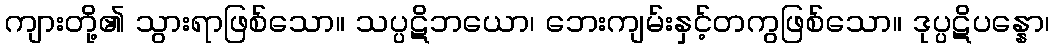
ကျားတို့၏ သွားရာဖြစ်သော။ သပ္ပဋိဘယော၊ ဘေးကျမ်းနှင့်တကွဖြစ်သော။ ဒုပ္ပဋိပန္နော၊